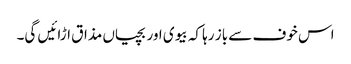
اس خوف سے باز رہا کہ بیوی اور بچیاں مذاق اڑائیں گی۔